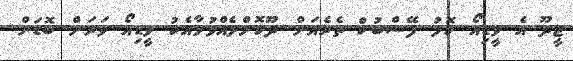
ޖީދޫ އެ ވީޑިއޯ ކޮޅު ފޭސްބުކް ތެރެއަށް ދޫކޮށްލެއްވުމާއެކު ވީޑިއޯ ވަރަށް ބޮޑަށް